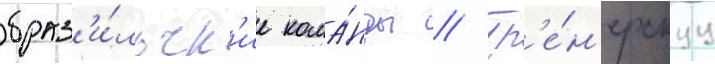
браз'и́льск'ие кома́нды // Тр'е́н'ерскуу